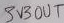
Text: 3V3OUT